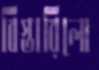
বিস্তারিলো